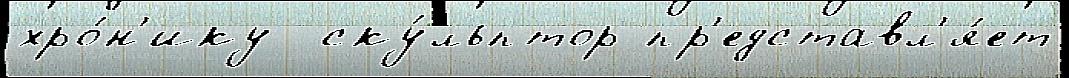
хро́н'ику  ску́льптор пр'едставл'я́ет